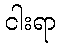
ငါးရာ